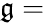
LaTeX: \mathfrak{g}=